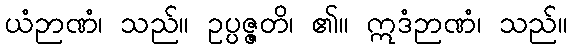
ယံဉာဏံ၊ သည်။ ဥပ္ပဇ္ဇတိ၊ ၏။ ဣဒံဉာဏံ၊ သည်။